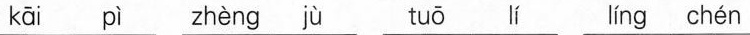
kāi zhèng jù tuō lí líng chén